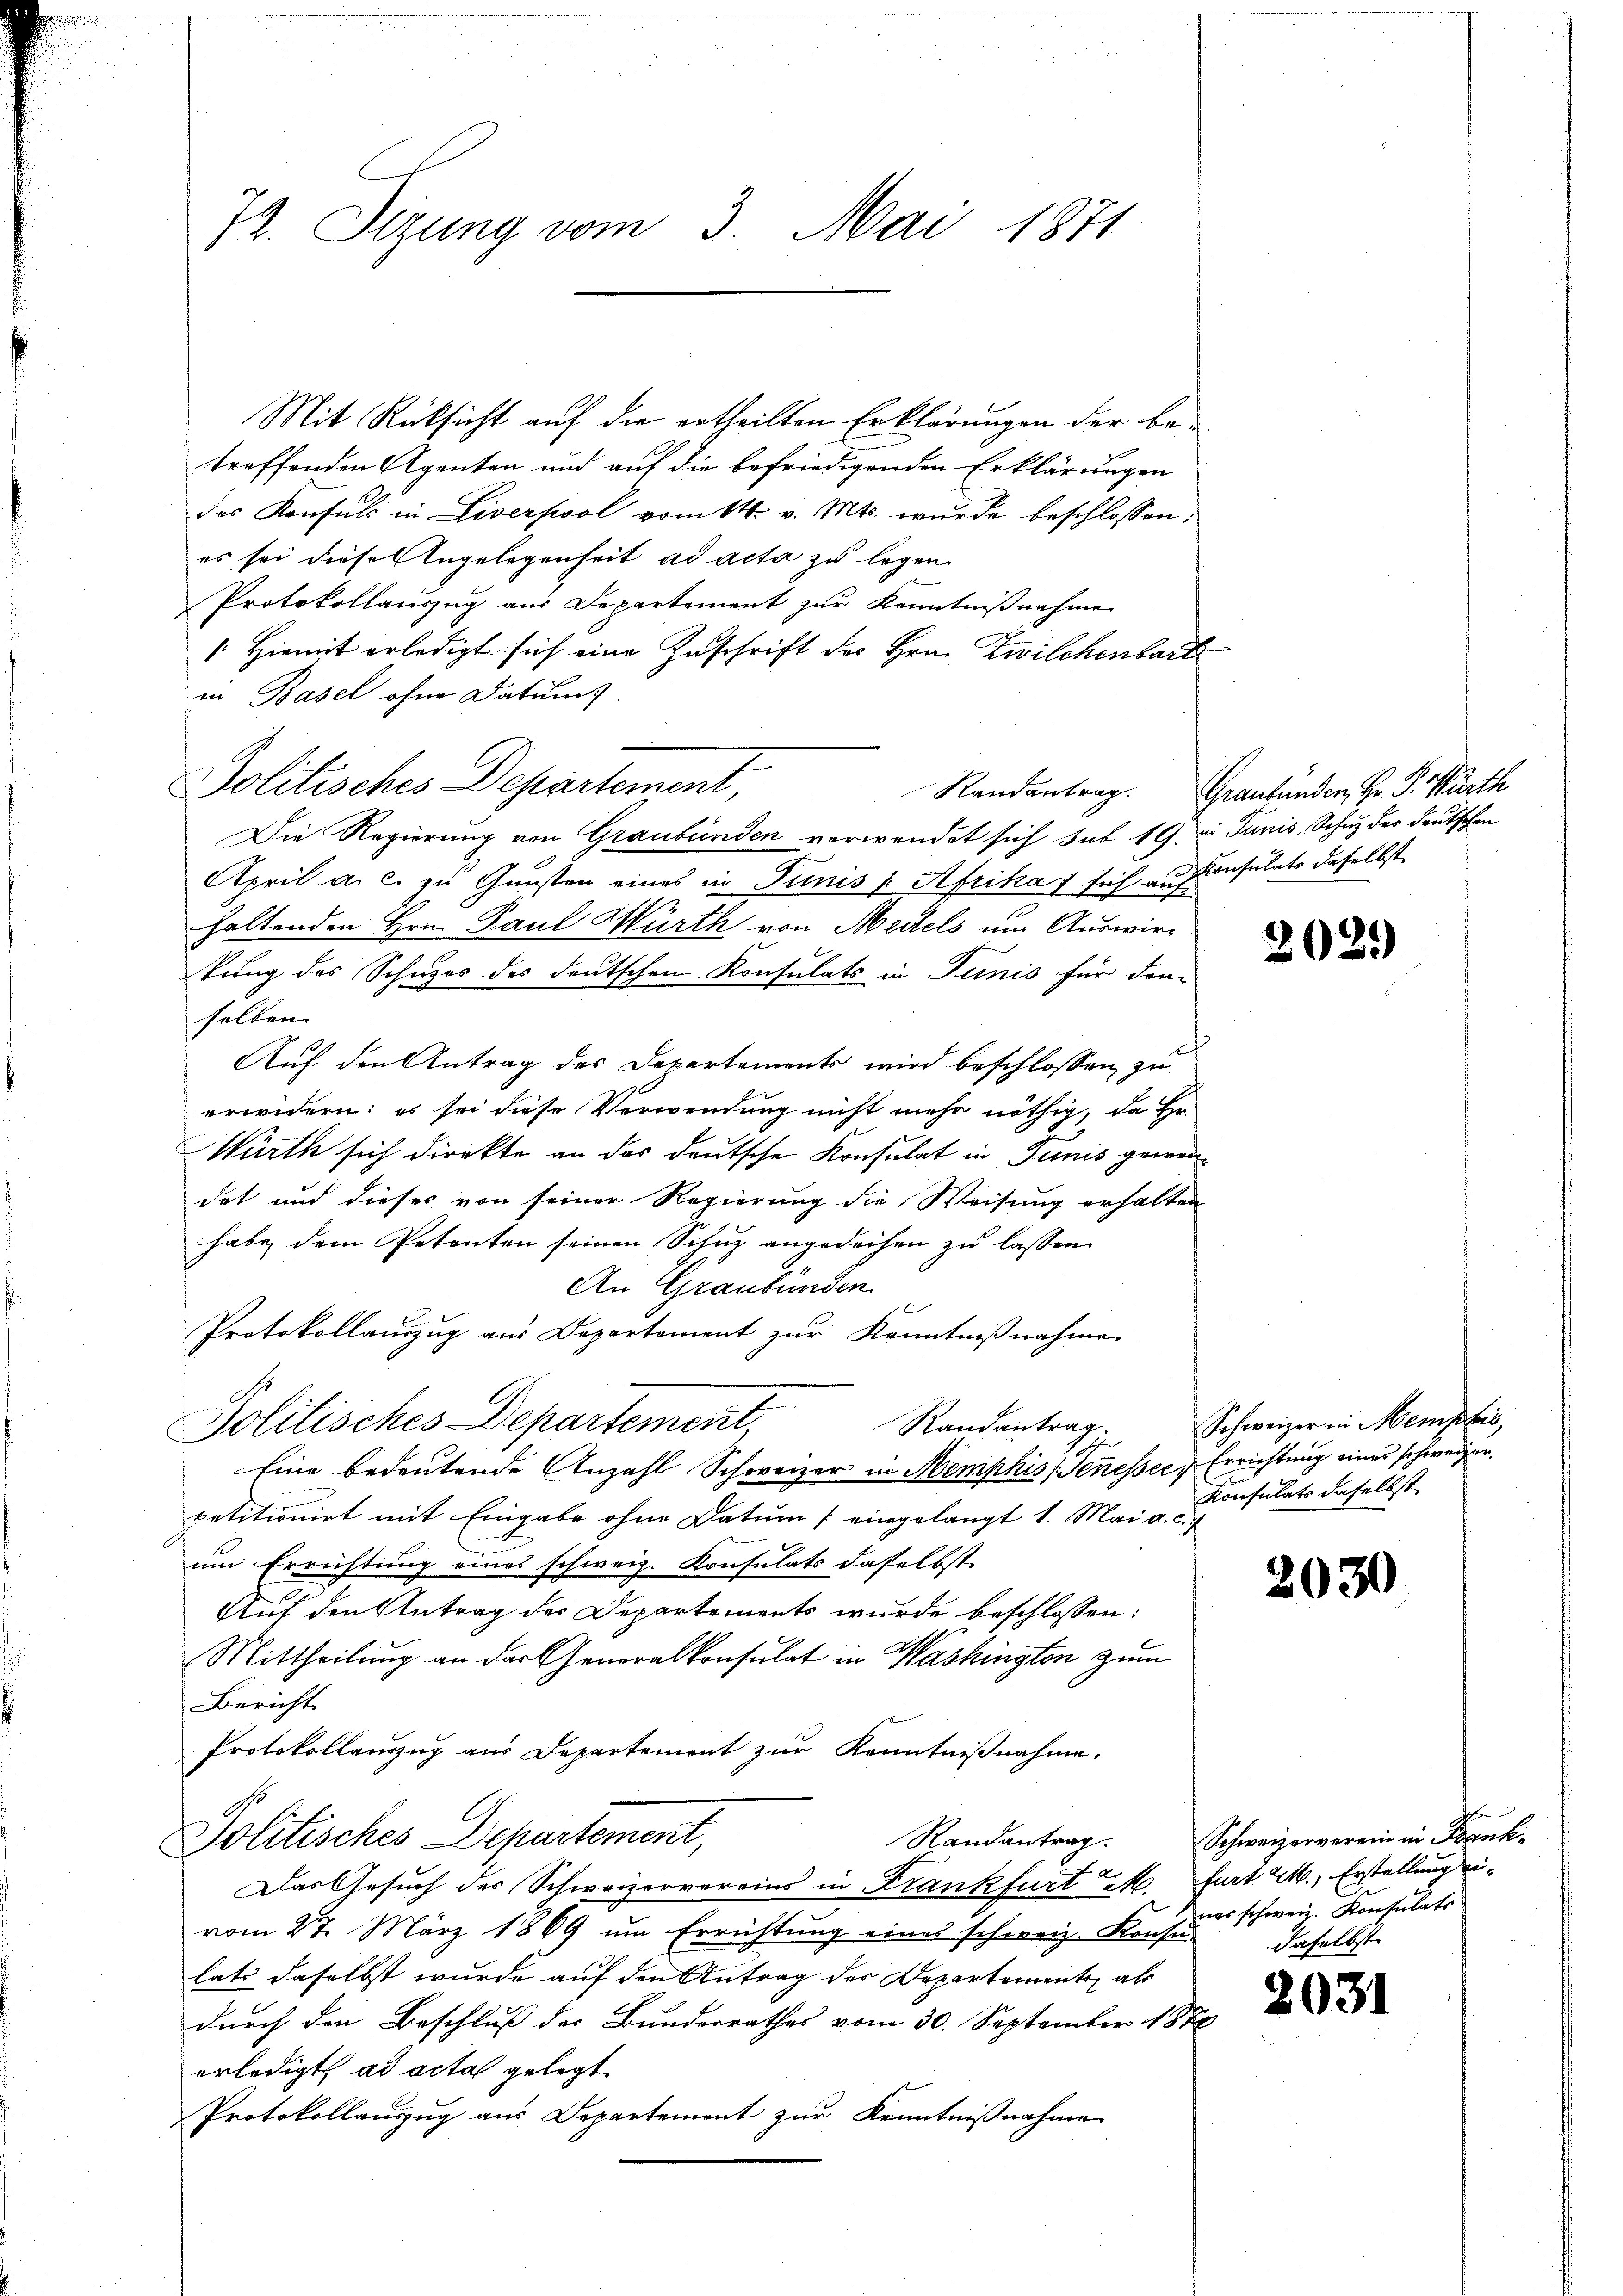
74. Sizung vom 3. Mai 1871

Mit Rücksicht auf die ertheilten Erklärungen der betreffenden Agenten und auf die befriedigenden Erklärungen
des Konsuls in Liverpool vom 14. v. Mts. wurde beschlossen:
es sei diese Angelegenheit ad acta zu legen
Protokollauszug aus Departement zur Kenntnißnahme
Hiemit erledigt sich eine Zuschrift des Hrn. Zwilchenbart
in Basel ohne Datum
Politisches Departement,
Die Regierung von Graubünden verwendet sich sub 19. d. Junis, Schutz des deutschen
April a. c. zu Gunsten eines in Junis / Afrika) sich auf Consulats daselbst
haltenden Hrn. Paul Würth von Medels um Auswirkung des Schuzes des deutschen Konsulats in Junis für dem
selben
Auf den Antrag des Departements wird beschlossen, zu
erwidern: es sei diese Verwendung nicht mehr nöthig, da Hr.
Würth sich direkte an das deutsche Konsulat in Tunis gewendet und dieses von seiner Regierung die Weisung erhalten
habe dem Petenten seinen Schuz angedeihen zu lassen.
An Graubünden.
Protokollanzŭg aŭs Departement zŭr Kenntniβnahmen
Politisches Departement,
Randantrag.
Eine bedeutende Anzahl Schweizer in Mempkis (Senesser Errichtung eines schweizer.
petitionirt mit Eingabe ohne Datum (eingelangt 1. Mai a. c.
um Errichtung eines schweiz. Konsulats daselbst.
Auf den Antrag der Departements wurde beschlossen:
Mittheilung an das Generalkonsulat in Washington zum
Bericht
Protokollauszug aus Departement zur Kenntnißnahme.
Politisches Departement,
Das Gesuch des Schweizervereins in Krankfurt M. Part M., Erstellung eivom 27. März 1869 um Errichtung eines schweiz. Konsu
lats daselbst wurde auf den Antrag der Departements als
durch den Beschluß des Bundesrathes vom 30. September 1878
erledigt ad acta gelegt
Protokollauszug aus Departement zur Kenntnißnahme

Randantrag. Graubünden, Hr. P. Würth

2029

Schweizer in Memphić,
Konsulats daselbst.

203

803.

)

Randantrag. Schweizerverein in Frank-
ner schweiz. Konsulats
daselbst.